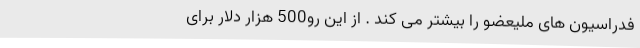
فدراسیون های ملیعضو را بیشتر می کند . از این رو500 هزار دلار برای